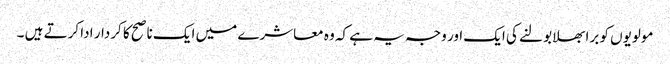
مولویوں کو برا بھلا بولنے کی ایک اور وجہ یہ ہے کہ وہ معاشرے میں ایک ناصح کا کردار ادا کرتے ہیں ۔